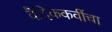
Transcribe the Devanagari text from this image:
वैदिककवींचा